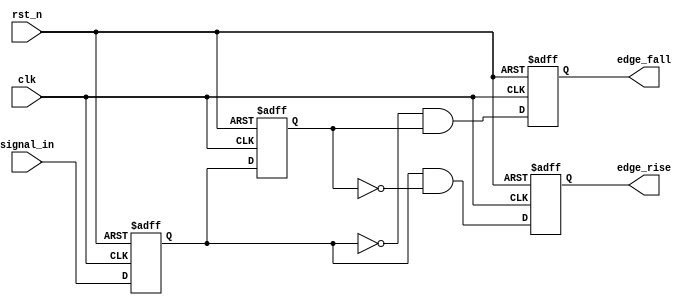
module glitch_free_edge_detector (
    input wire clk,            // Clock signal
    input wire rst_n,         // Active-low asynchronous reset
    input wire signal_in,     // Input signal to detect edges
    output reg edge_rise,     // Output signal for rising edge detection
    output reg edge_fall      // Output signal for falling edge detection
);

    // Registers to hold the current and previous states
    reg current_state;        // Current value of signal_in
    reg previous_state;       // Previous value of signal_in

    // Clock process
    always @(posedge clk or negedge rst_n) begin
        if (!rst_n) begin
            // Reset the states and outputs
            current_state <= 0;
            previous_state <= 0;
            edge_rise <= 0;
            edge_fall <= 0;
        end else begin
            // Update previous state with current state
            previous_state <= current_state;
            // Capture the current value of signal_in
            current_state <= signal_in;

            // Edge detection logic
            edge_rise <= (current_state == 1'b1) && (previous_state == 1'b0);
            edge_fall <= (current_state == 1'b0) && (previous_state == 1'b1);
        end
    end

endmodule